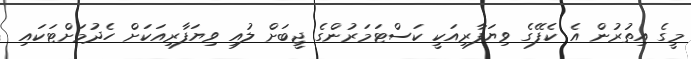
މީގެ އިތުރުން އެ ކެފޭގެ ވިޔަފާރިއަކީ ކަސްޓަމަރުންގެ ޖީބަށް ލުއި ވިޔަފާރިއަކަށް ހެދުމަށްޓަކައި